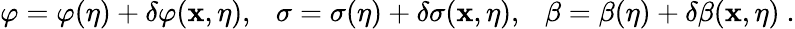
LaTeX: \varphi=\varphi(\eta)+\delta\varphi({\mathbf x},\eta),~~~\sigma=\sigma(\eta)+\delta\sigma({\mathbf x},\eta),~~~\beta=\beta(\eta)+\delta\beta({\mathbf x},\eta)\ .